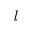
\it l